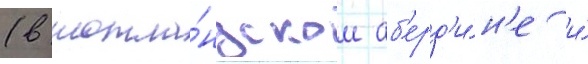
(в шотла́ндском аб'ерд'и́н'е и́